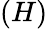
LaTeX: (H)